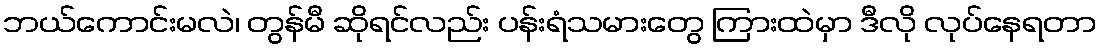
ဘယ်ကောင်းမလဲ၊ တွန်မီ ဆိုရင်လည်း ပန်းရံသမားတွေ ကြားထဲမှာ ဒီလို လုပ်နေရတာ